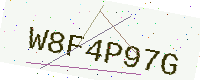
Text: W8F4P97G